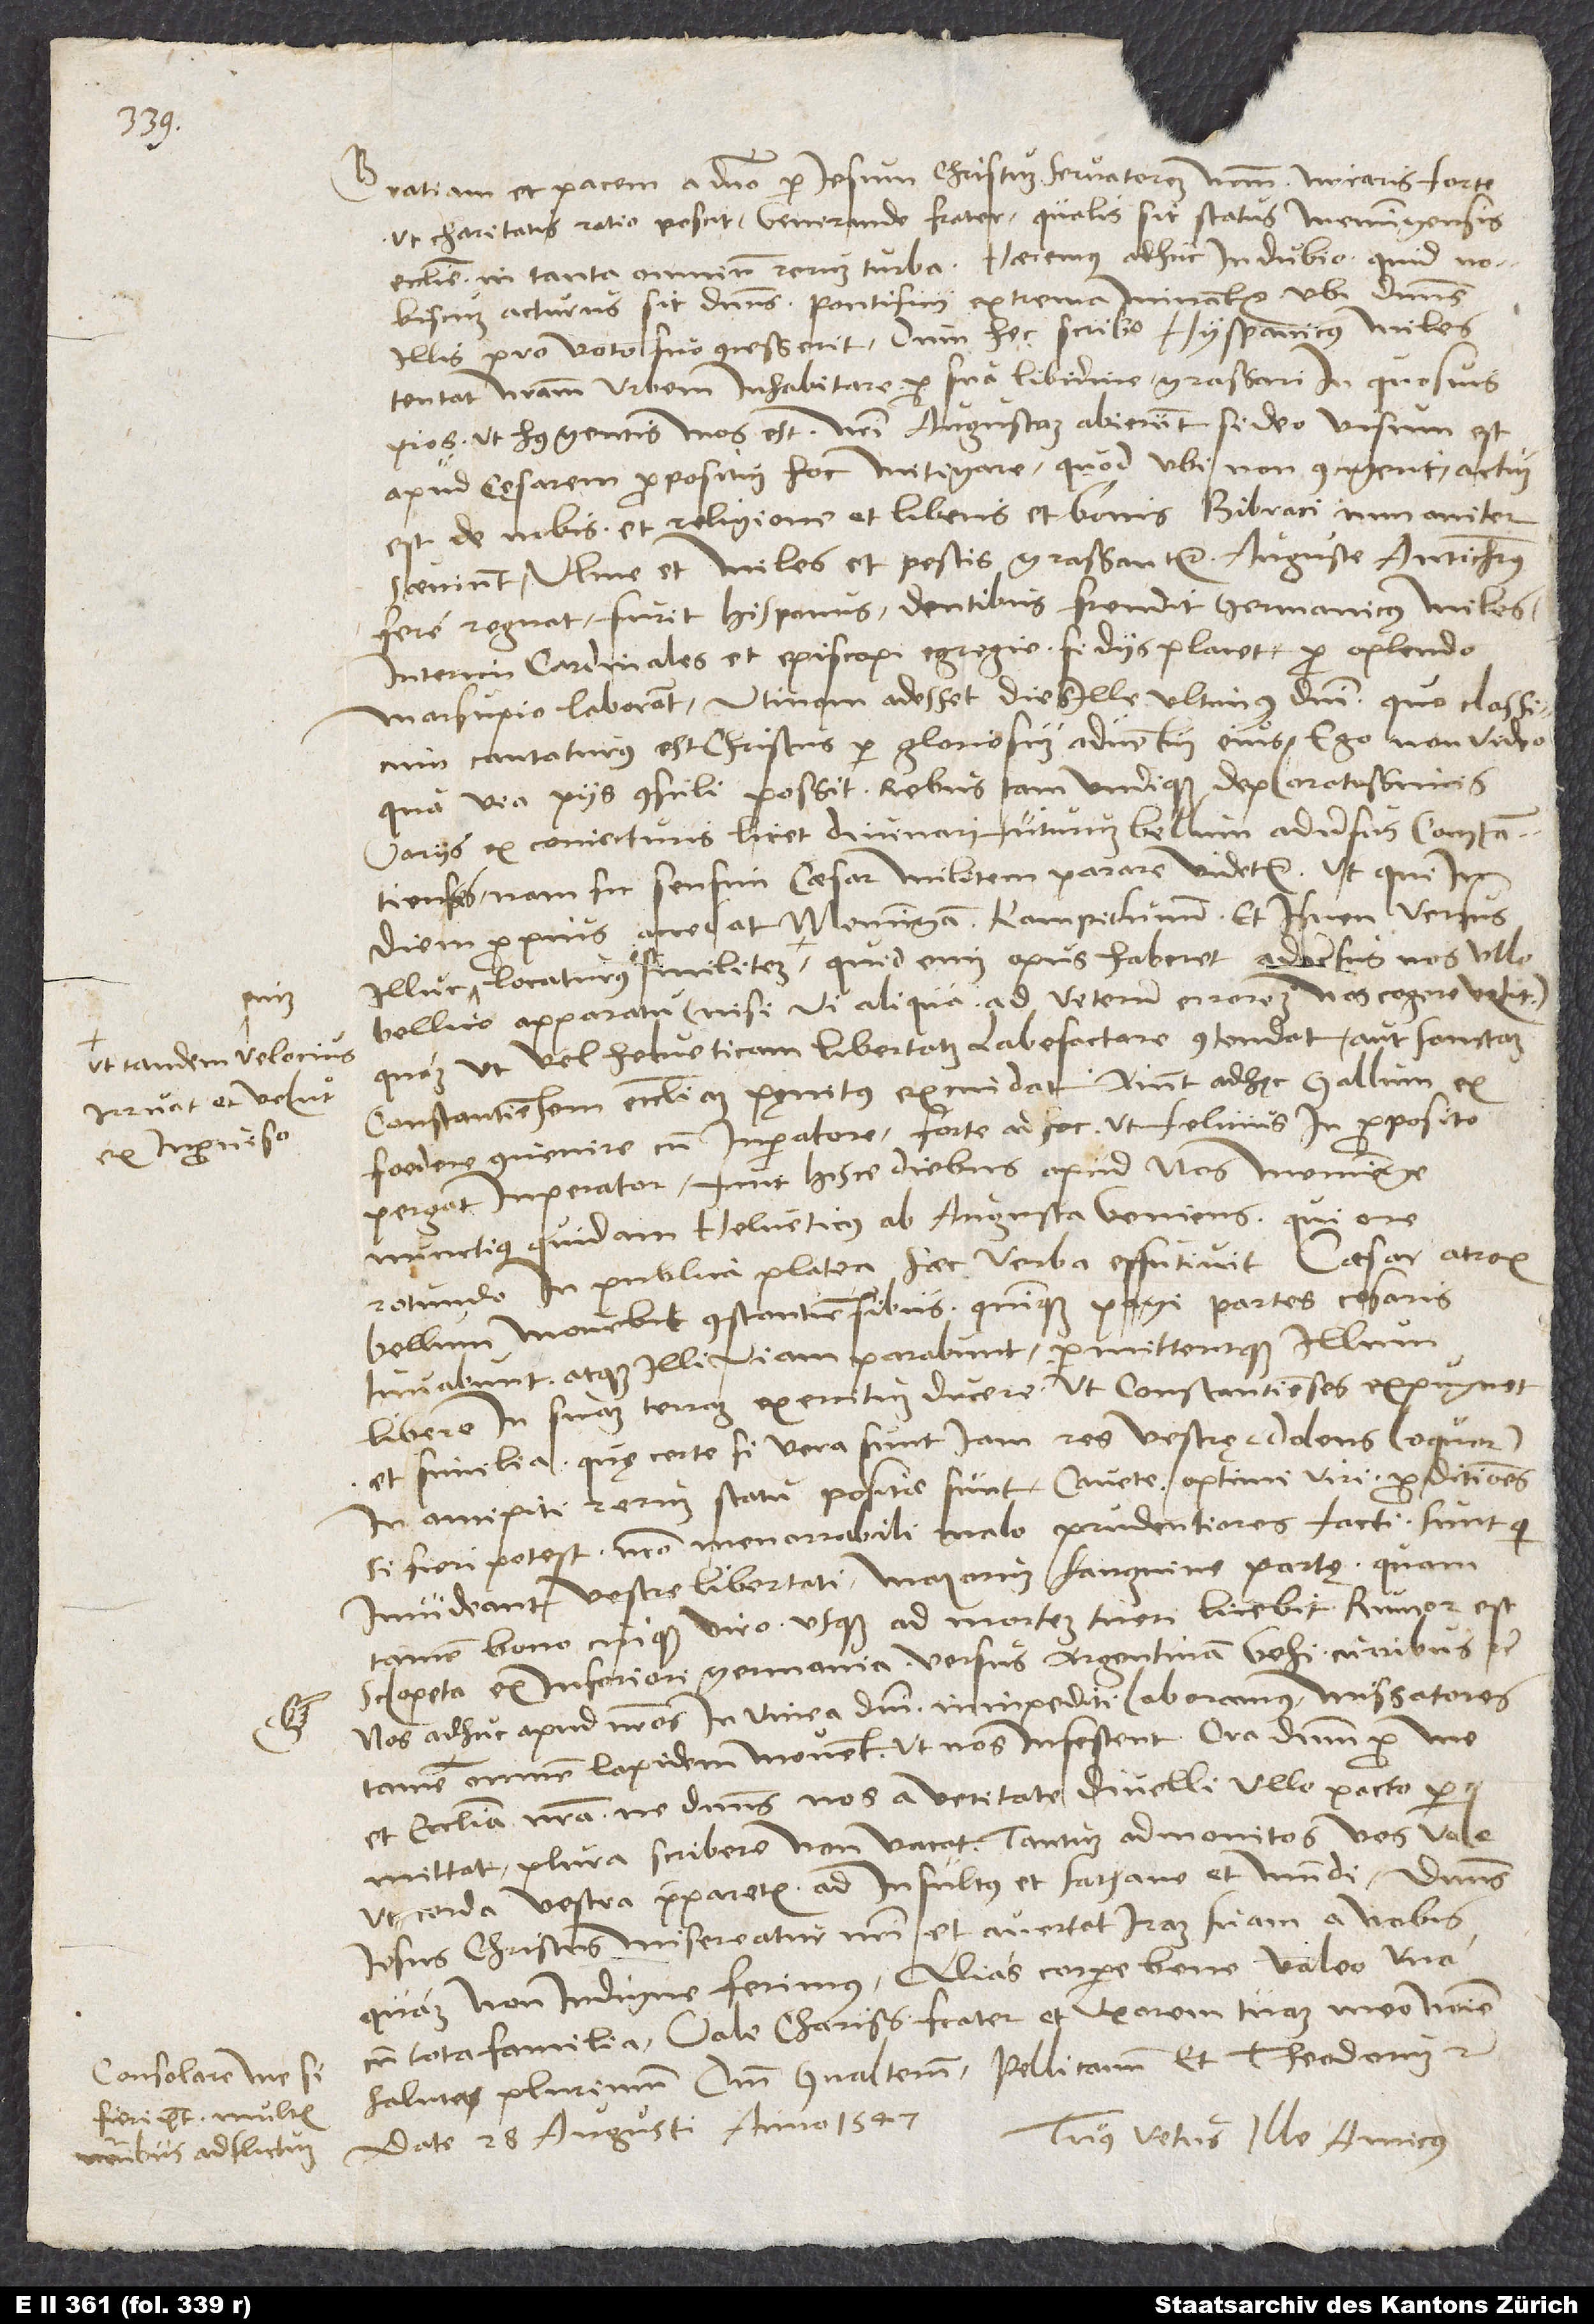
ut tandem velocius
irruat et velut
Consolare me, si
fieri potest, multis
nominibus adflictum.

Gratiam et pacem a domino per Iesum Christum, servatorem nostrum. Miraris forte,
ut charitatis ratio poscit, venerande frater, qualis sit status Memmingensis
ecclesie in tanta omnium rerum turba. Haeremus adhuc in dubio, quid nobiscum
acturus sit dominus. Pontificii extrema minantur, ubi dominus
illis pro voto suo concesserit. Dum hęc scribo, Hyspanicus miles
tentat nostram urbem inhabitare, pro sua libidine grassari in quosvis
pios, ut huius gentis mos est. Nostri Augustam abierunt, si deo visum est,
apud cęsarem propositum hoc mitigare; quod ubi non contigerit, actum
est de nobis et religione et liberis et bonis. Bibraci inmaniter
saeviunt; Ulmę et miles et pestis grassantur; Augustę antichristus
fere regnat. Furit Hispanus. Dentibus frendit Germanicus miles.
Interim cardinales et episcopi egregie, si diis placet, pro oplendo
marsupio laborant. Utinam adesset dies ille ultimus domini, quo classicum
cantaturus est Christus per gloriosum adventum eius! Ego non video,
qua via piis consuli possit rebus tam undique deploratissimis.
Variis ex coniecturis licet divinari futurum bellum adversus Constantienses;
nam sic sensim caesar militem parare videtur, ut qui indiem
propius accedat Memmingam, Kampidunum et Isnen versus.
bellico apparatu (nisi vi aliqua ad veterum errorem nos cogere velit),
quam ut vel Helveticam libertatem labefactare contendat aut sanctam
Constantiensem ecclesiam pęnitus excindat? Aiunt adhęc Gallum ex
foedere convenire cum imperatore, forte ad hoc, ut felicius in proposito
pergat imperator. Fuit hisce diebus apud nos Memminge
nunctius quidam Helveticus ab Augusta veniens, qui ore
rotundo in publica platea haec verba effutivit: „Caesar atrox
bellum movebit Constantiensibus. Quinque Pagi partes cesaris
iuvabunt atque illi viam parabunt permittentque illum
libere in suam terram exercitum ducere, ut Constantienses expugnet“
et similia; quę certe, si vera sunt, iam res vestrę (dolens loquor)
in ancipiti rerum statu positae sunt. Cavete, optimi viri, proditionem,
si fieri potest, nostro inenarrabili malo prudentiores facti! Sunt, qui
invideant vestrę libertati, maiorum sanguine partę, quam
tamen bono cuique viro usque ad mortem tueri licebit. Rumor est
sclopeta ex Inferiori Germania versus Argentinam vehi curribus,
Nos adhuc apud nostros in vinea domini ininpediti laboramus. Missatores
tamen omnem lapidem movent, ut nos infestent. Ora dominum pro me
et ecclesia nostra, ne dominus nos a veritate divelli ullo pacto
permittat. Plura scribere non vacat. Tantum admonitos vos volo,
ut corda vestra preparetis ad insultus et sathane et mundi. Dominus
Iesus Christus misereatur nostri et avertat iram suam a nobis,
cum tota familia. Vale, charissime frater, et uxorem tuam meo nomine
saluta plurimum, dominum Gvalterum, Pellicanum et Theodorum, etc.
Datę 28. augusti anno 1547.
Tuus vetus ille amicus.